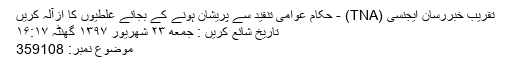
تقريب خبررسان ايجنسی (TNA) - حکام عوامی تنقید سے پریشان ہونے کے بجائے غلطیوں کا ازآلہ کریں
تاریخ شائع کریں : جمعه ۲۳ شهريور ۱۳۹۷ گھنٹہ ۱۶:۱۷
موضوع نمبر: 359108